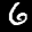
Label: 6